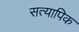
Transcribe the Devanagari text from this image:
सत्यापिक